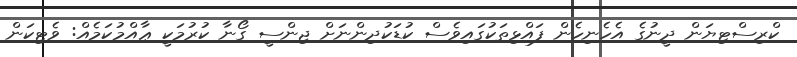
ކްރިސްޓިޔަން ދީނުގެ އެހެނިހެން ފައްޅިތަކުގައިވެސް ކުޑަކުދިންނަށް ޖިންސީ ގޯނާ ކުރުމަކީ ޢާއްމުކަމެއް: ވެޓިކަން